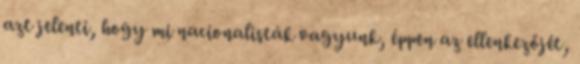
azt jelenti, hogy mi nacionalisták vagyunk, éppen az ellenkezőjét,